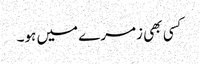
کسی بھی زمرے میں ہو۔